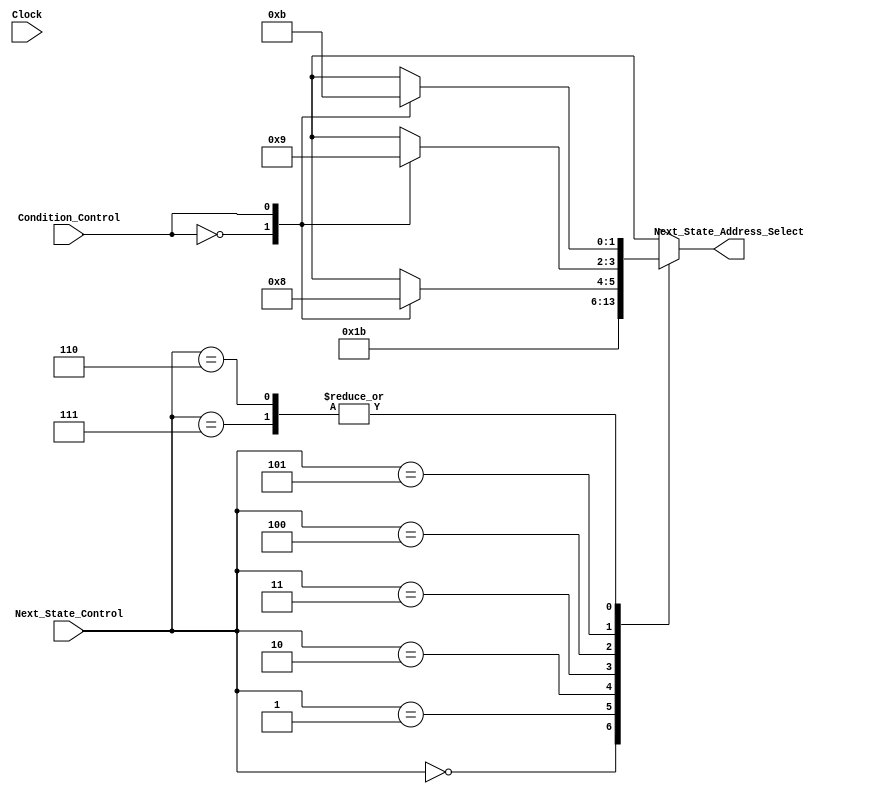
module Next_State_Address_Selector (
									output reg [1:0] Next_State_Address_Select,
									input [2:0] Next_State_Control,
									input Condition_Control,
									input Clock
									);
	
	always @*
		begin
		//$display("%t Next_State_Control: %b", $time, Next_State_Control);
		//$display("%t Condition_Control: %d", $time, Condition_Control);
		case (Next_State_Control)
			/* Select Encoder, Condition_Control don't care */
			3'b000:
				begin
				Next_State_Address_Select = 2'b00;
				end
			/* Select Fetch State, Condition_Control don't care */
			3'b001:
				begin
				Next_State_Address_Select = 2'b01;
				end
			/* Select Control Register, Condition_Control don't care */
			3'b010:
				begin
				//$display("%t Select Control Register, Condition_Control don't care", $time);
				Next_State_Address_Select = 2'b10;
				end
			/* Select Incrementer, Condition_Control don't care */
			3'b011:
				begin
				Next_State_Address_Select = 2'b11;
				end
			/* Condition do care*/
			/* Select Control_Register if Condition not met; Encoder if Condition met */
			3'b100:
				begin
				case (Condition_Control)
					/*Select Control_Register if conditions (COND or MOC) are not met*/
					1'b0:
						begin
						//$display("%t Select Control Register if Condition not met; Encoder if Condition met", $time);
						Next_State_Address_Select = 2'b10;
						end
					/*Select Encoder if conditions (COND or MOC) are met*/
					1'b1:
						begin 
						Next_State_Address_Select = 2'b00;
						end
				endcase
				end
			/* Select Control_Register if Condition not met; Fetch State if Condition met */
			3'b101:
				begin
				case (Condition_Control)
					/*Select Control_Register if conditions (COND or MOC) are not met*/
					1'b0:
						begin
						//$display("%t Select Control Register if Condition not met; Fetch State if Condition Met", $time);
						Next_State_Address_Select = 2'b10;
						end
					/*Select Fetch State if conditions (COND or MOC) are met*/
					1'b1:
						begin 
						Next_State_Address_Select = 2'b01;
						end
				endcase
				end
			/* Select Control_Register if Condition not met; Incrementer if Condition met */
			3'b110:
				begin
				case (Condition_Control)
					/*Select Control_Register if conditions (COND or MOC) are not met*/
					1'b0:
						begin
						//$display("%t Select Control Register if Condition not met; Incrementer if Condition met (1)", $time);
						Next_State_Address_Select = 2'b10;
						end
					/*Select Incrementer if conditions (COND or MOC) are met*/
					1'b1:
						begin 
						Next_State_Address_Select = 2'b11;
						end
				endcase
				end
			/* Select Control_Register if Condition not met; Incrementer if Condition met */
			3'b111:	// Used for MOC with Invert_Control = 0
				begin
				case (Condition_Control)
					/*Select Control_Register if conditions (COND or MOC) are not met*/
					1'b0:
						begin
						//$display("%t Select Control Register if Condition not met; Incrementer if Condition met (2)", $time);
						Next_State_Address_Select = 2'b10;
						end
					/*Select Incrementer if conditions (COND or MOC) are met*/
					1'b1:
						begin 
						Next_State_Address_Select = 2'b11;
						end
				endcase
				end
		endcase
		end
endmodule